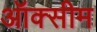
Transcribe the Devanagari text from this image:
ऑक्सीम